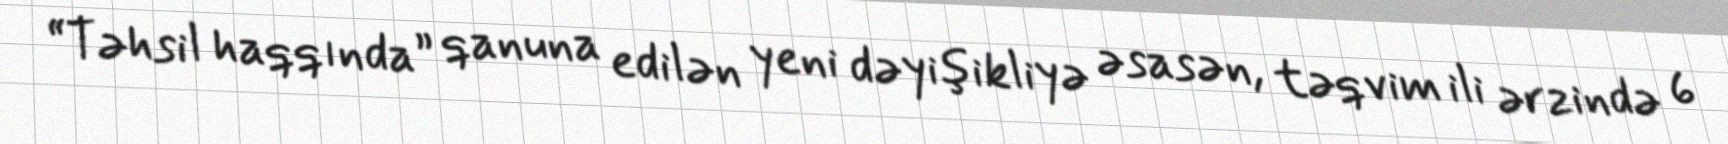
“Təhsil haqqında” qanuna edilən yeni dəyişikliyə əsasən, təqvim ili ərzində 6